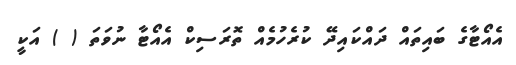
އެއޯޓާގެ ބައިތައް ދައްކައިދޭ ކުރެހުމެއް ތޮރަސިކް އެއޯޓާ ނުވަތަ ( ) އަކީ